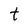
Character: t